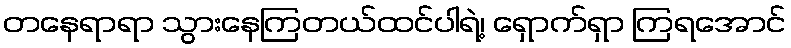
တနေရာရာ သွားနေကြတယ်ထင်ပါရဲ့၊ ရှောက်ရှာ ကြရအောင်